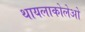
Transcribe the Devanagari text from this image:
थायलाकोलेओ